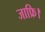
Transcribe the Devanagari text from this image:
जाफ्रि।